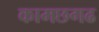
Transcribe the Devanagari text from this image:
कामछगढ